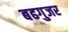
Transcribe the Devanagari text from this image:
बढगुजर